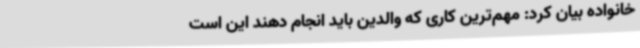
خانواده بیان کرد: مهم‌ترین کاری که والدین باید انجام دهند این است